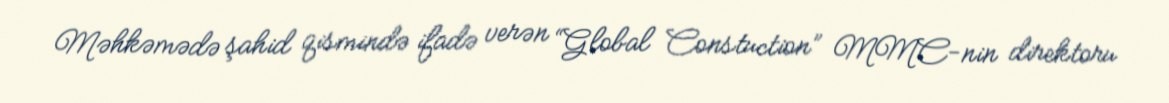
Məhkəmədə şahid qismində ifadə verən “Global Constuction” MMC-nin direktoru